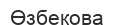
Өзбекова